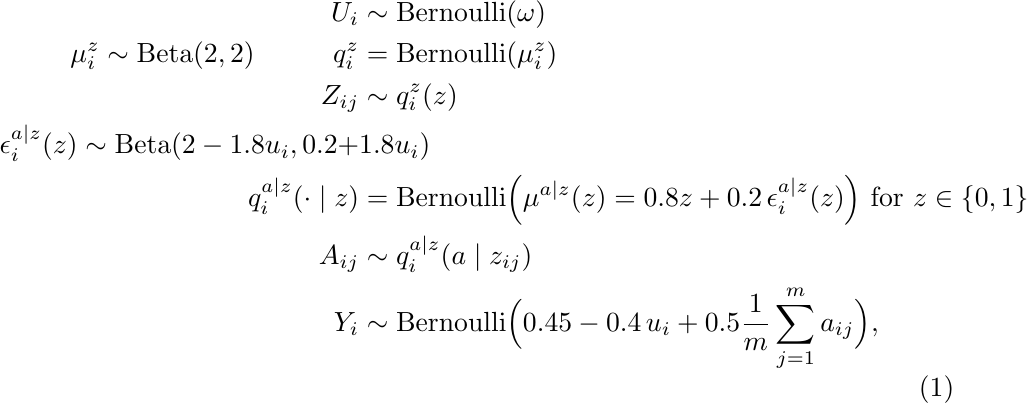
\begin{equation}
\begin{split}
        U_i &\sim \mathrm{Bernoulli}(\omega)\\
        \mu_i^{z} \sim \mathrm{Beta}(2, 2)  \, \, \, \, \, \quad \quad q^{z}_i &= \mathrm{Bernoulli}(\mu_i^{z})\\
        Z_{ij} &\sim q^{z}_i(z)\\
        \epsilon_i^{a \mid z}(z) \sim \mathrm{Beta}(2 - 1.8 u_i, 0.2 + & 1.8 u_i) \\q^{a | z}_i(\cdot \mid z) &= \mathrm{Bernoulli}\Big(\mu^{a \mid z}(z) = 0.8 z + 0.2 \, \epsilon_i^{a |z }(z)\Big) \text{ for } z \in \{0, 1\}\\
        A_{ij} &\sim q^{a |z }_i(a \mid z_{ij}) \\
        Y_i &\sim \mathrm{Bernoulli}\Big(0.45 - 0.4\, u_i + 0.5\frac{1}{m}\sum_{j=1}^m a_{ij} \Big),
\end{split}
\end{equation}